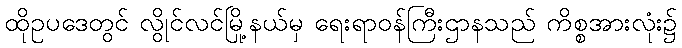
ထိုဥပဒေတွင် လွိုင်လင်မြို့နယ်မှ ရေးရာဝန်ကြီးဌာနသည် ကိစ္စအားလုံး၌